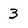
Character: 3